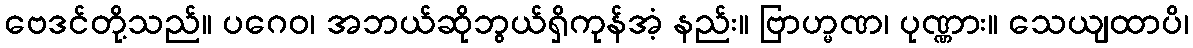
ဗေဒင်တို့သည်။ ပဂေဝ၊ အဘယ်ဆိုဘွယ်ရှိကုန်အံ့ နည်း။ ဗြာဟ္မဏ၊ ပုဏ္ဏား။ သေယျထာပိ၊